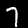
Label: 7